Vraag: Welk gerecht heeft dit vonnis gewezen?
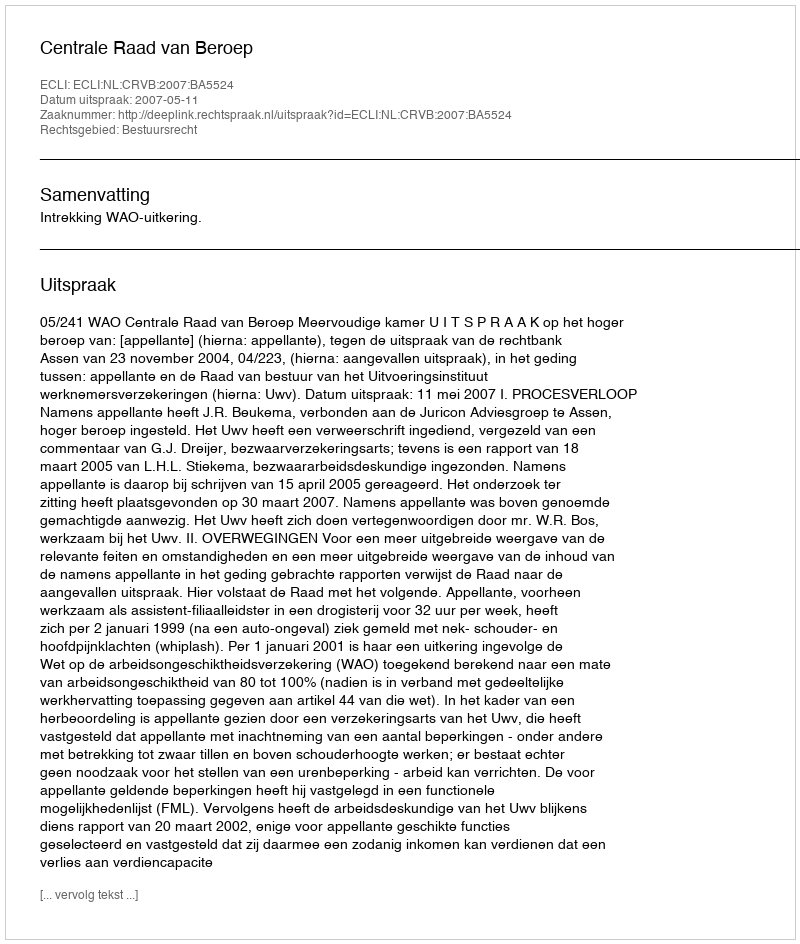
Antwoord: Centrale Raad van Beroep